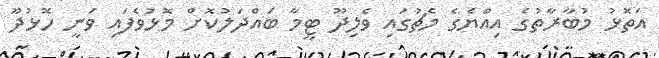
އަތޮޅު މުބާރާތުގެ އިއްޔެގެ މެޗުގައި ވެލިދޫ ޓީމާ ބައްދަލުކޮށް މޮޅުވެފައި ވަނީ ހޮޅުދޫ